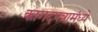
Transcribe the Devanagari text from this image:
कागदपत्रामंध्ये